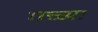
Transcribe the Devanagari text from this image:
गच्च्या